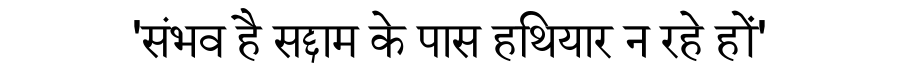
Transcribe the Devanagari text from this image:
'संभव है सद्दाम के पास हथियार न रहे हों'